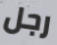
رجل